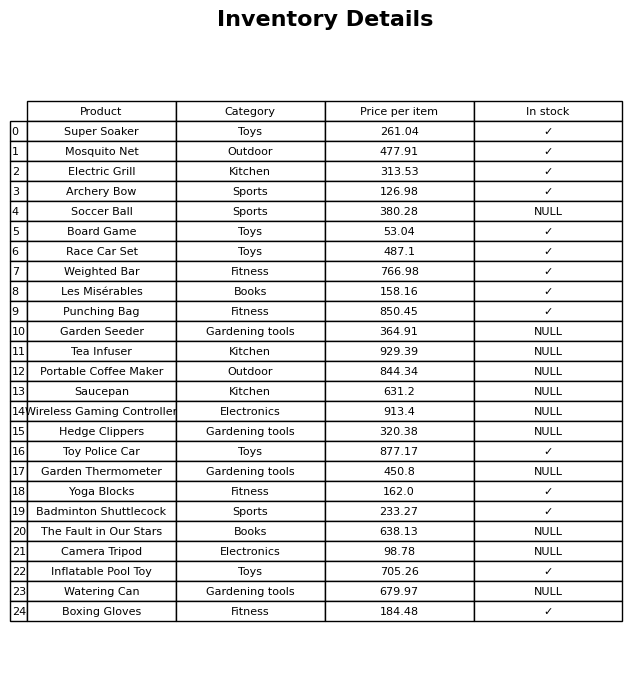
question: What is the price of the Super Soaker?
answer: The price of Super Soaker is 261.04.